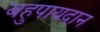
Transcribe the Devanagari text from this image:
बहुपायदान